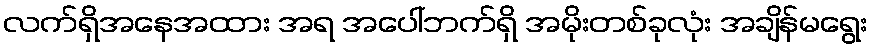
လက်ရှိအနေအထား အရ အပေါ်ဘက်ရှိ အမိုးတစ်ခုလုံး အချိန်မရွေး